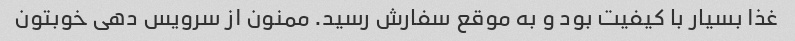
غذا بسیار با کیفیت بود و به موقع سفارش رسید. ممنون از سرویس دهی خوبتون